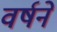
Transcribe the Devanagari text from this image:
वर्षने